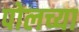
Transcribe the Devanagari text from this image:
पोलच्या